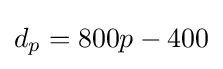
d_{p}=800p-400